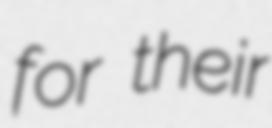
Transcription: for their